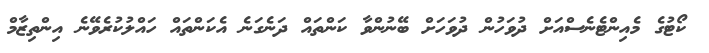
ކޯޓުގެ މެއިންޓެނެސްއަށް ދުވަހުން ދުވަހަށް ބޭނުންވާ ކަންތައް ދަނެގަނެ އެކަންތައް ހައްލުކުރެވޭނެ އިންތިޒާމް